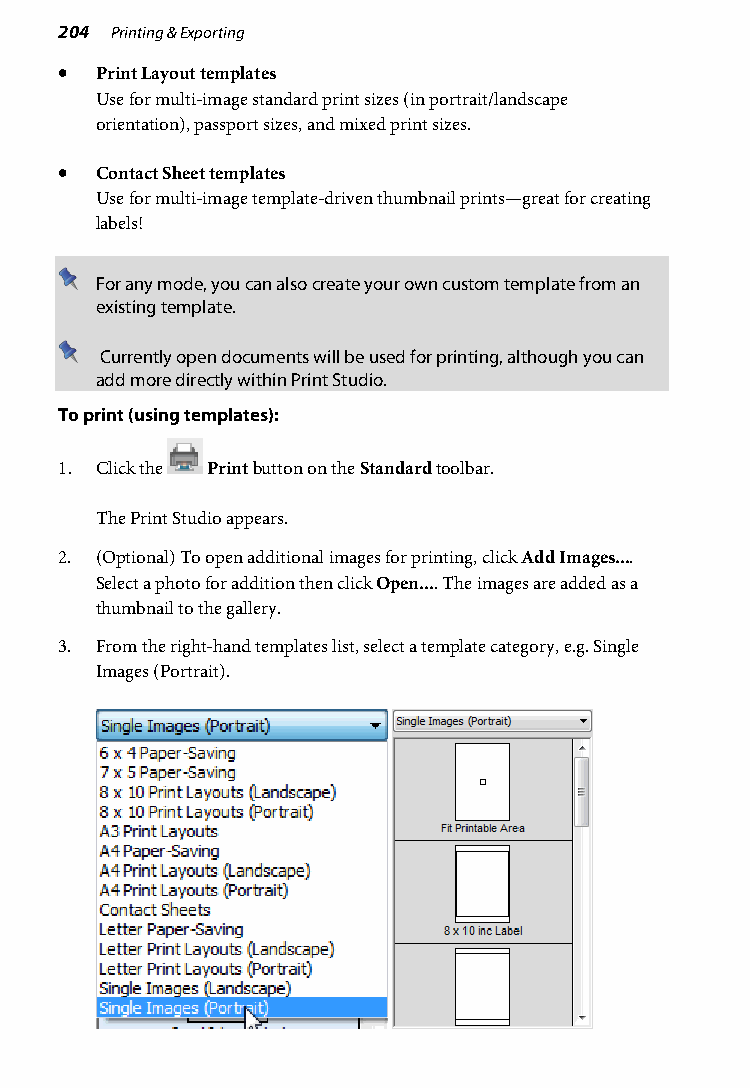
204 Printing & Exporting
 • Print Layout templates
 Use for multi-image standard print sizes (in portrait/landscape
 orientation), passport sizes, and mixed print sizes.
 • Contact Sheet templates
 Use for multi-image template-driven thumbnail prints—great for creating
 labels!
 For any mode, you can also create your own custom template from an
 existing template.
 Currently open documents will be used for printing, although you can
 add more directly within Print Studio.
 To print (using templates):
 1. Click the Print button on the Standard toolbar.
 The Print Studio appears.
 2. (Optional) To open additional images for printing, click Add Images....
 Select a photo for addition then click Open.... The images are added as a
 thumbnail to the gallery.
 3. From the right-hand templates list, select a template category, e.g. Single
 Images (Portrait).